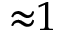
{ \approx } 1